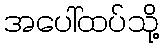
အပေါ်ထပ်သို့